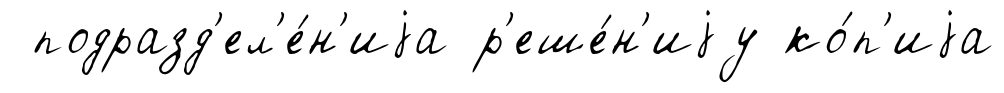
подразд'ел'е́н'иjа р'еше́н'иjу ко́п'иjа